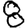
Digit: 8